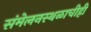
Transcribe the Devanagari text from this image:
संमेलनस्थळाचीही